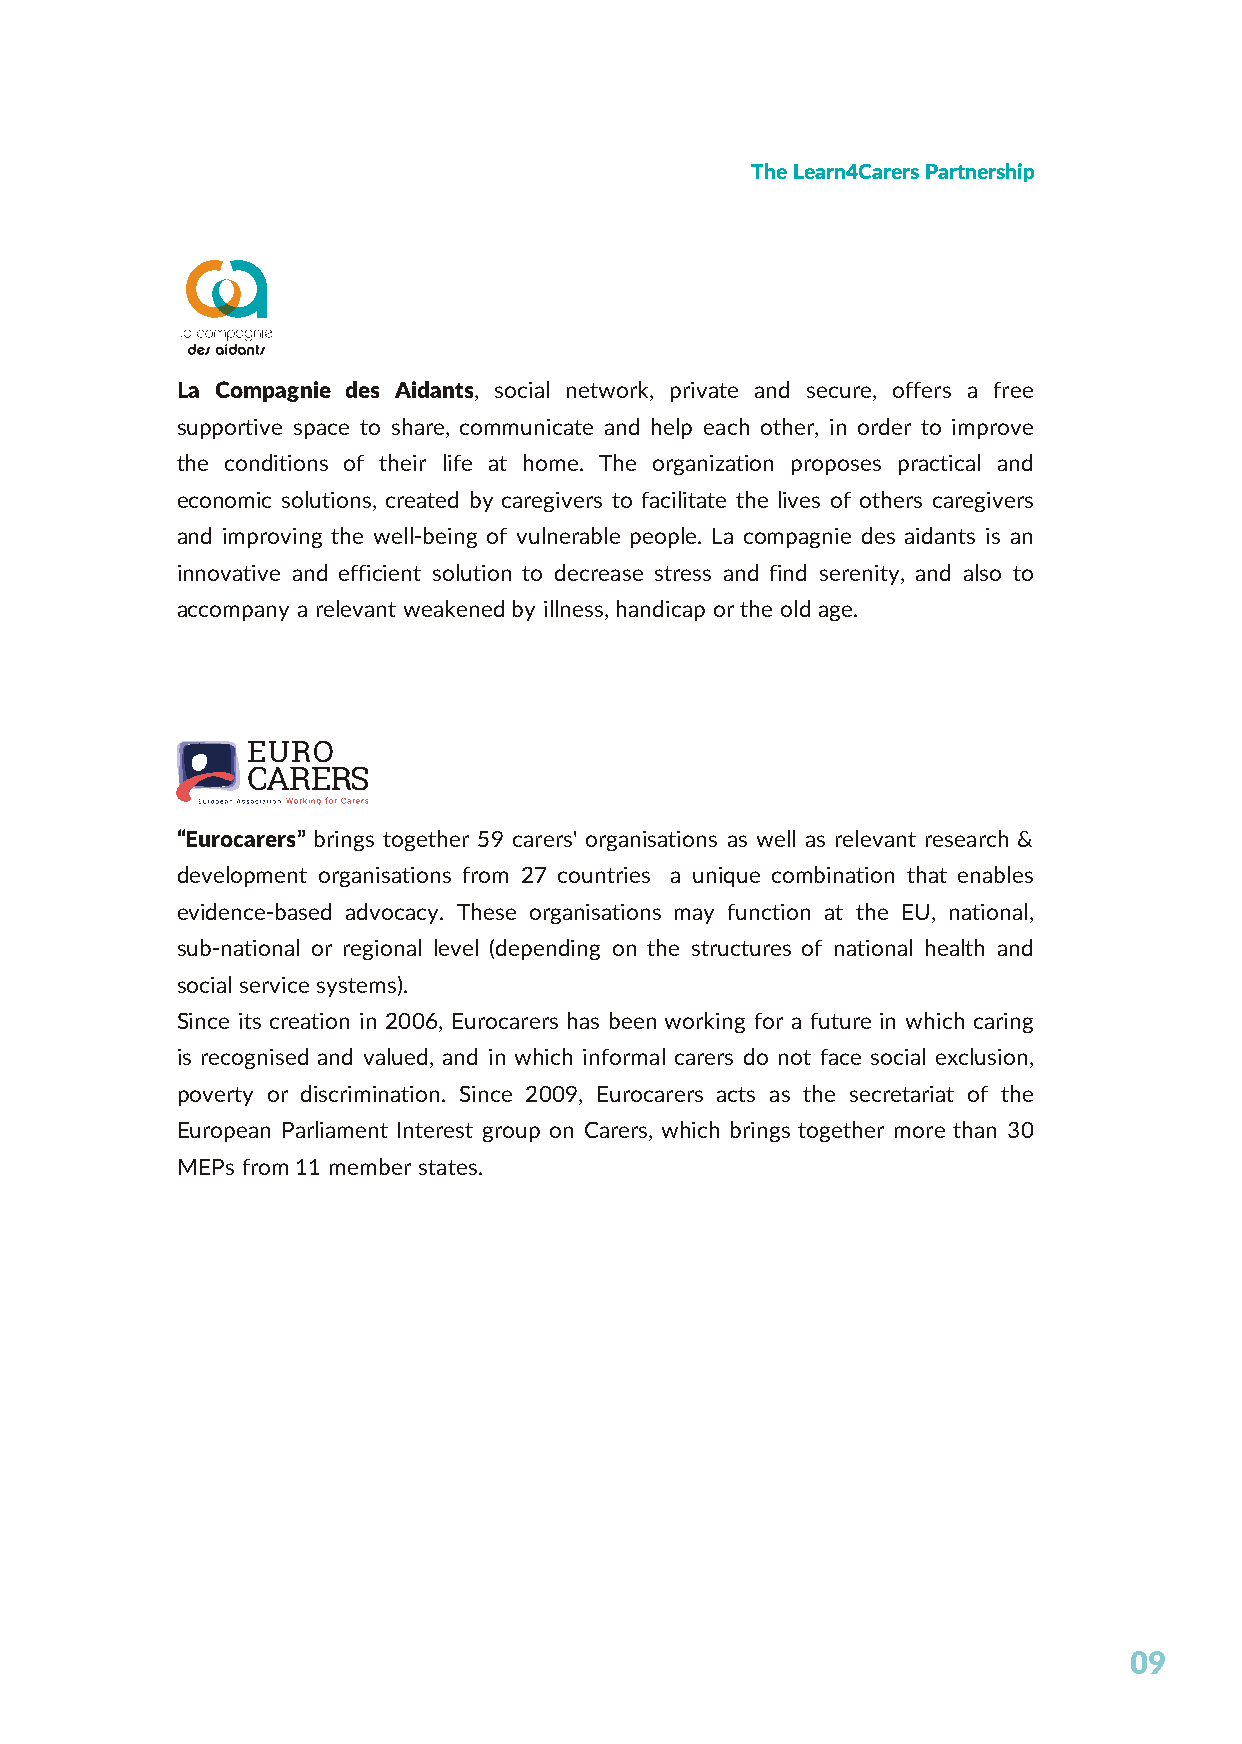
The Learn4Carers Partnership
 La Compagnie des Aidants, social network, private and secure, offers a free
 supportive space to share, communicate and help each other, in order to improve
 the conditions of their life at home. The organization proposes practical and
 economic solutions, created by caregivers to facilitate the lives of others caregivers
 and improving the well-being of vulnerable people. La compagnie des aidants is an
 innovative and efficient solution to decrease stress and find serenity, and also to
 accompany a relevant weakened by illness, handicap or the old age.
 “Eurocarers” brings together 59 carers' organisations as well as relevant research &
 development organisations from 27 countries a unique combination that enables
 evidence-based advocacy. These organisations may function at the EU, national,
 sub-national or regional level (depending on the structures of national health and
 social service systems).
 Since its creation in 2006, Eurocarers has been working for a future in which caring
 is recognised and valued, and in which informal carers do not face social exclusion,
 poverty or discrimination. Since 2009, Eurocarers acts as the secretariat of the
 European Parliament Interest group on Carers, which brings together more than 30
 MEPs from 11 member states.
 09